Vaccination in Bombay 1924-1928 - 1924-1928
Year: 1924
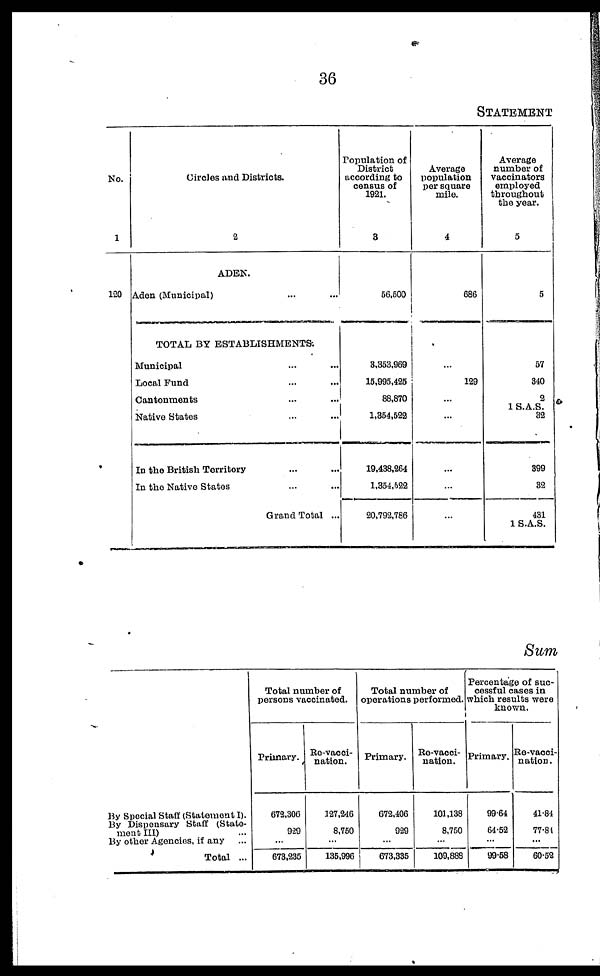
36
STATEMENT
No.
1
120
Circles and Districts.
2
ADEN.
Aden (Municipal) ... ...
TOTAL BY ESTABLISHMENTS.
Municipal ... ...
Local Fund ... ...
Cantonments ... ...
Native States ... ...
In the British Territory ... ...
In the Native States ... ...
Grand Total ...
Population of
District
according to
census of
1921.
3
56,500
3,353,969
15,995,425
88,870
1,354,522
19,438,264
1,354,522
20,792,786
Average
population
per square
mile.
4
686
...
129
...
...
...
...
...
Average
number of
vaccinators
employed
throughout
the year.
5
5
57
340
2
1 S.A.S.
32
399
32
431
1 S.A.S.
Sum
By Special Staff (Statement I).
By Dispensary Staff (State-
ment III) ...
By other Agencies, if any ...
Total ...
Total number of
persons vaccinated.
Primary.
672,306
929
...
673,235
Re-vacci-
nation.
127,246
8,750
...
135,996
Total number of
operations performed.
Primary.
672,406
929
...
673,335
Re-vacci-
nation.
101,138
8,750
...
109,888
Percentage of suc-
cessful cases in
which results were
known.
Primary.
99.64
64.52
...
99.58
Re-vacci-
nation.
41.84
77.81
...
60.52